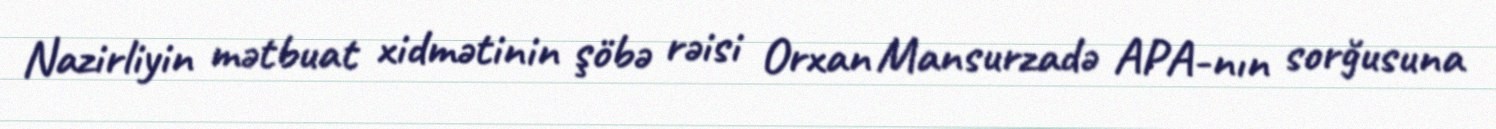
Nazirliyin mətbuat xidmətinin şöbə rəisi Orxan Mansurzadə APA-nın sorğusuna